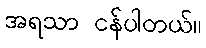
အရသာ ငန်ပါတယ်။